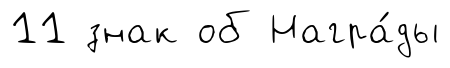
11 знак об Награ́ды